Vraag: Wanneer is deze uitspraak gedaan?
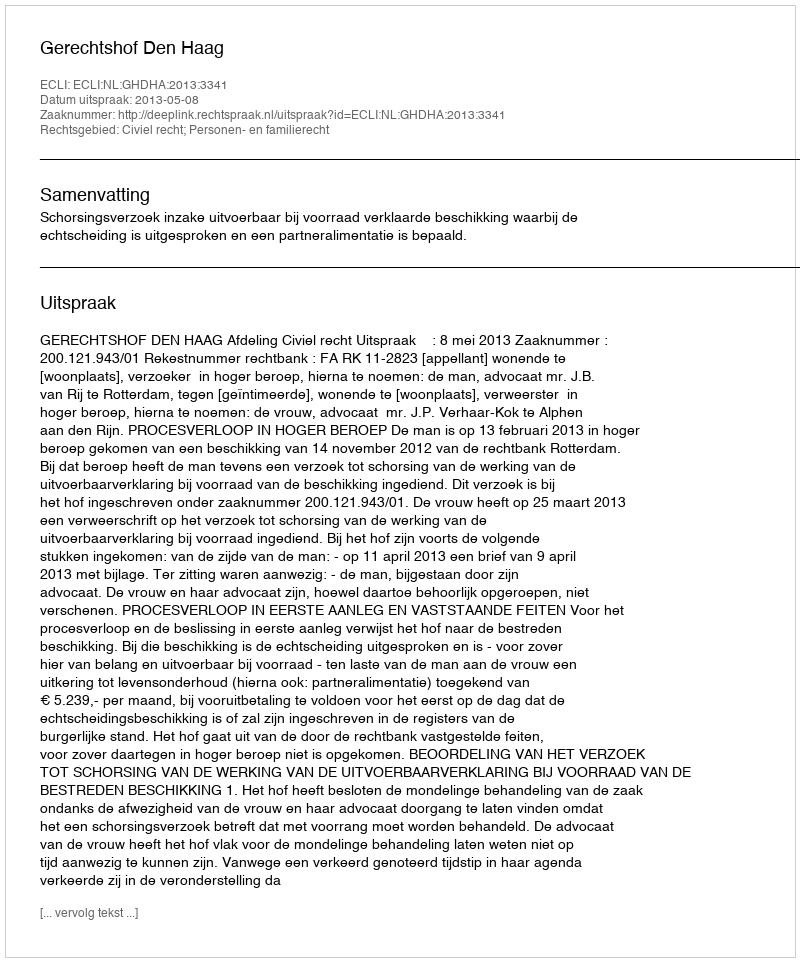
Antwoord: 2013-05-08